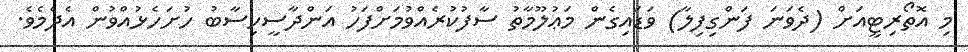
މި އޮތޯރިޓީއަށް (ދެވަނަ ފަންގިފިލާ) ވަޑައިގެން މަޢުލޫމާތު ސާފުކުރެއްވުމަށްފަހު އަންދާސީހިސާބު ހުށަހެޅުއްވުން އެދެމެވެ.